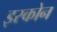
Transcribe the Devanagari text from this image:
इस्कोन